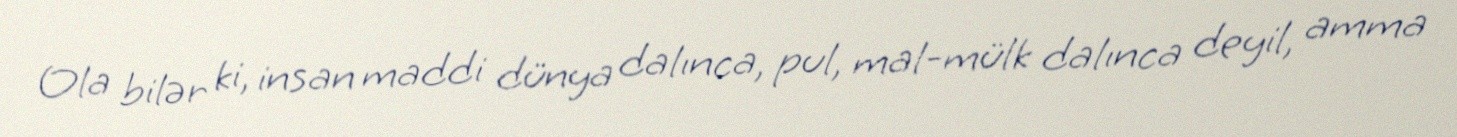
Ola bilər ki, insan maddi dünya dalınca, pul, mal-mülk dalınca deyil, amma